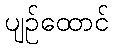
ပျဉ်ထောင်